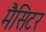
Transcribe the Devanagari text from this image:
मैसिटर